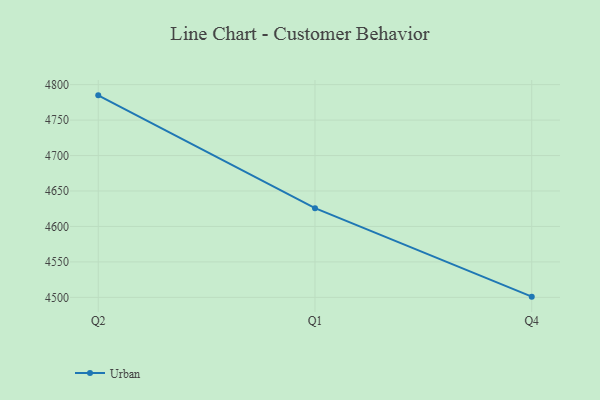
{"axis": {"x": "Quarter", "y": "Humidity (%)"}, "legend": ["Urban"], "data": [{"x": "Q2", "y": 4784.9, "type": "Urban"}, {"x": "Q1", "y": 4625.8, "type": "Urban"}, {"x": "Q4", "y": 4501.0, "type": "Urban"}]}